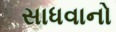
સાધવાનો